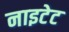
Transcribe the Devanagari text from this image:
नाइटेट